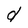
Character: d